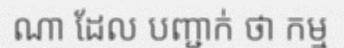
ណា ដែល បញ្ជាក់ ថា កម្ម